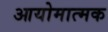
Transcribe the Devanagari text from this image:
आयोमात्मक